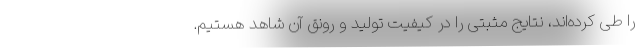
را طی کرده‌اند، نتایج مثبتی را در کیفیت تولید و رونق آن شاهد هستیم.